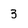
Character: 3